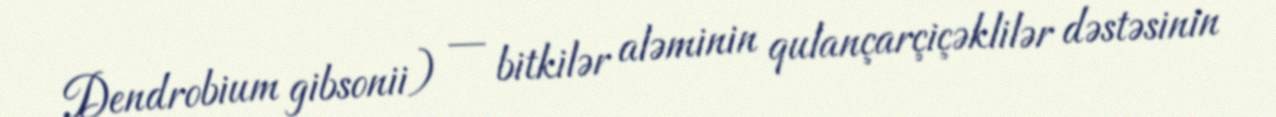
Dendrobium gibsonii) — bitkilər aləminin qulançarçiçəklilər dəstəsinin